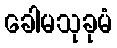
ခေါမသုခုမံ